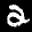
Label: 2